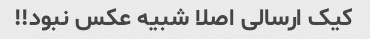
کیک ارسالی اصلا شبیه عکس نبود!!